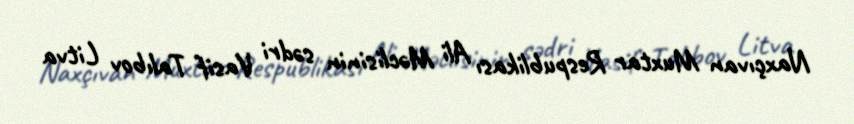
Naxçıvan Muxtar Respublikası Ali Məclisinin sədri Vasif Talıbov Litva